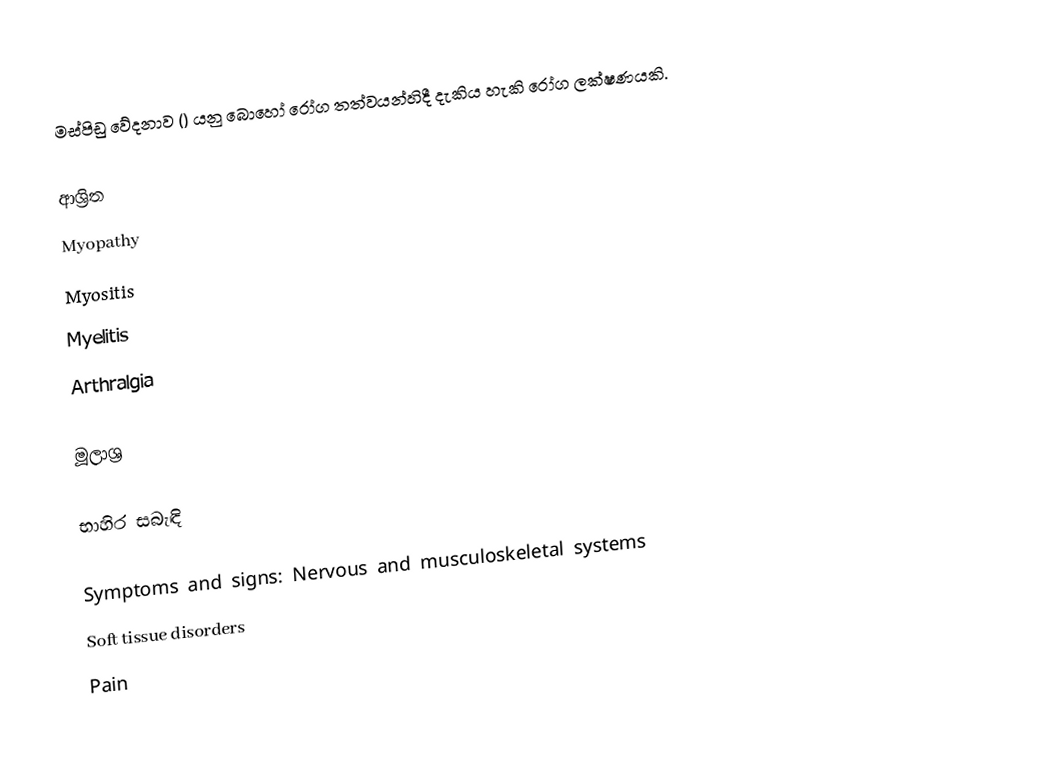
මස්පිඩු වේදනාව () යනු බොහෝ රෝග තත්වයන්හිදී දැකිය හැකි රෝග ලක්ෂණයකි.

ආශ්‍රිත
 Myopathy
 Myositis
 Myelitis
 Arthralgia

මූලාශ්‍ර

භාහිර සබැඳි

Symptoms and signs: Nervous and musculoskeletal systems
Soft tissue disorders
Pain